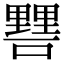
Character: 𨤷